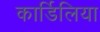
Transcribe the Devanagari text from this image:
कार्डिलिया